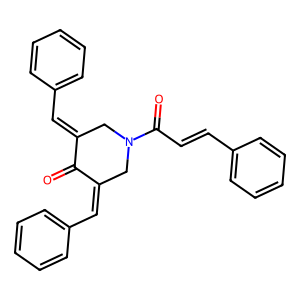
SMILES: O=C1C(=Cc2ccccc2)CN(C(=O)C=Cc2ccccc2)CC1=Cc1ccccc1
Inhibits HIV replication: No